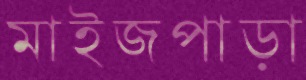
মাইজপাড়া